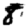
Digit: 8